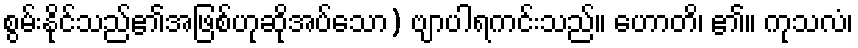
စွမ်းနိုင်သည်၏အဖြစ်ဟုဆိုအပ်သော) ဗျာပါရကင်းသည်။ ဟောတိ၊ ၏။ ကုသလံ၊